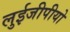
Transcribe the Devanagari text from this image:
लुईजीपीयो